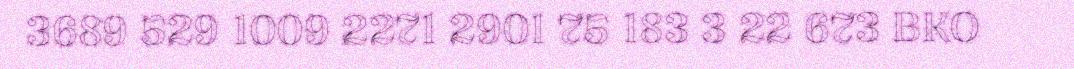
3689 529 1009 2271 2901 75 183 3 22 673 BKO